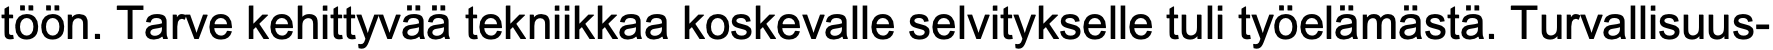
töön. Tarve kehittyvää tekniikkaa koskevalle selvitykselle tuli työelämästä. Turvallisuus-